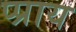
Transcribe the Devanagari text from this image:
प्प्राय